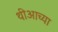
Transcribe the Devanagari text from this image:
थीआच्या